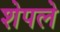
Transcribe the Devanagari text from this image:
शेपले